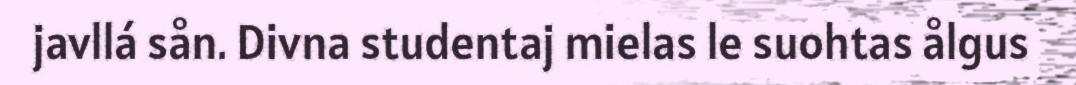
javllá sån. Divna studentaj mielas le suohtas ålgus